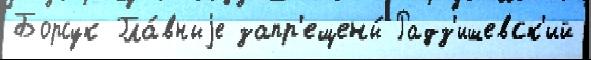
Борсук Гла́вныjе запр'ещены́ Радз'ишевск'ий